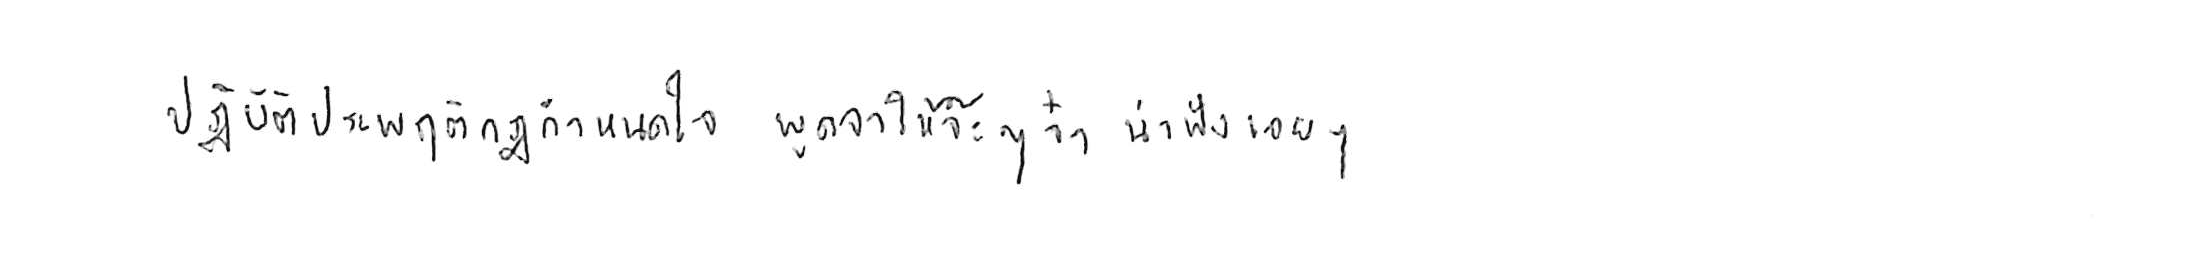
ปฏิบัติประพฤติกฎกำหนดใจ พูดจาให้จ๊ะๆ จ๋า น่าฟังเอยฯ